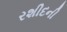
રશીદની